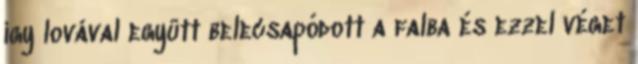
így lovával együtt belecsapódott a falba és ezzel véget